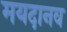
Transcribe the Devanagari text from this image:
मयदानव